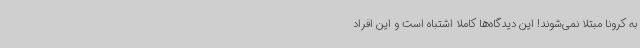
به کرونا مبتلا نمی‌شوند! این دیدگاه‌ها کاملاً اشتباه است و این افراد